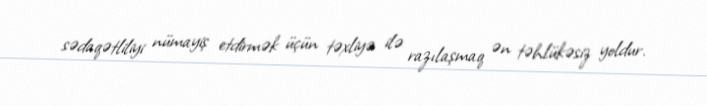
sədaqətliliyi nümayiş etdirmək üçün təxliyə ilə razılaşmaq ən təhlükəsiz yoldur.